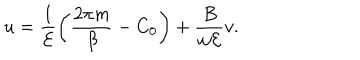
LaTeX: u = \frac { 1 } { { \cal E } } \left( \frac { 2 \pi m } { \beta } - C _ { 0 } \right) + \frac { B } { w { \cal E } } v .